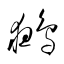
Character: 鵺